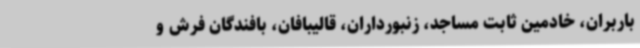
باربران، خادمین ثابت مساجد، زنبورداران، قالیبافان، بافندگان فرش و